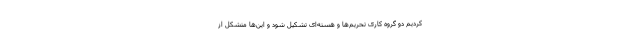
کردیم دو گروه کاری تحریم‌ها و هسته‌ای تشکیل شود و این‌ها متشکل از